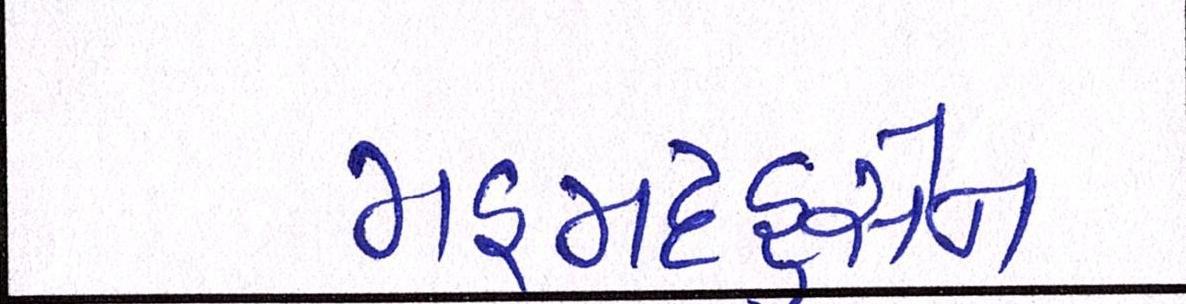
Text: મહમદહુસેન